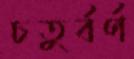
চতুর্বর্ণ